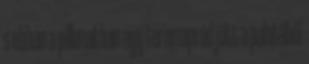
s ebben a pillanatban egy teremapród jött a palotából